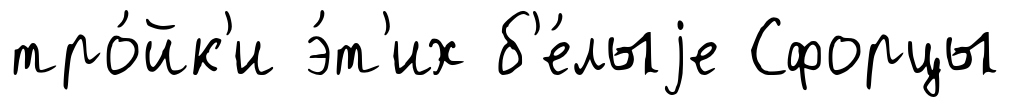
тро́йк'и э́т'их б'е́лыjе Сфорцы